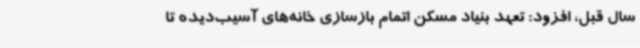
سال قبل، افزود: تعهد بنیاد مسکن اتمام بازسازی خانه‌های آسیب‌دیده تا